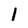
Character: i